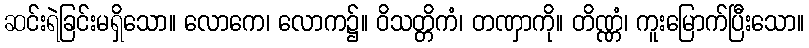
ဆင်းရဲခြင်းမရှိသော။ လောကေ၊ လောက၌။ ဝိသတ္တိကံ၊ တဏှာကို။ တိဏ္ဏံ၊ ကူးမြောက်ပြီးသော။